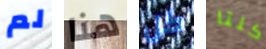
لم هنا كل كلتا